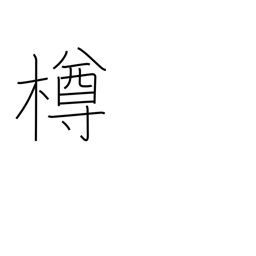
Meaning: keg